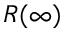
R ( \infty )